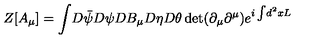
Z [ A _ { \mu } ] = \int \! D \bar { \psi } D \psi D B _ { \mu } D \eta D \theta \det ( \partial _ { \mu } \partial ^ { \mu } ) e ^ { i \int \! d ^ { 2 } x L }